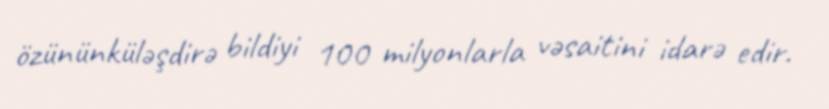
özününküləşdirə bildiyi 100 milyonlarla vəsaitini idarə edir.